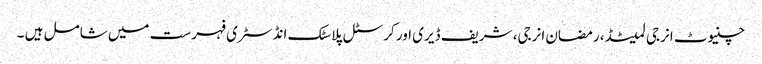
چنیوٹ انرجی لمیٹڈ، رمضان انرجی، شریف ڈیری اور کرسٹل پلاسٹک انڈسٹری فہرست میں شامل ہیں ۔